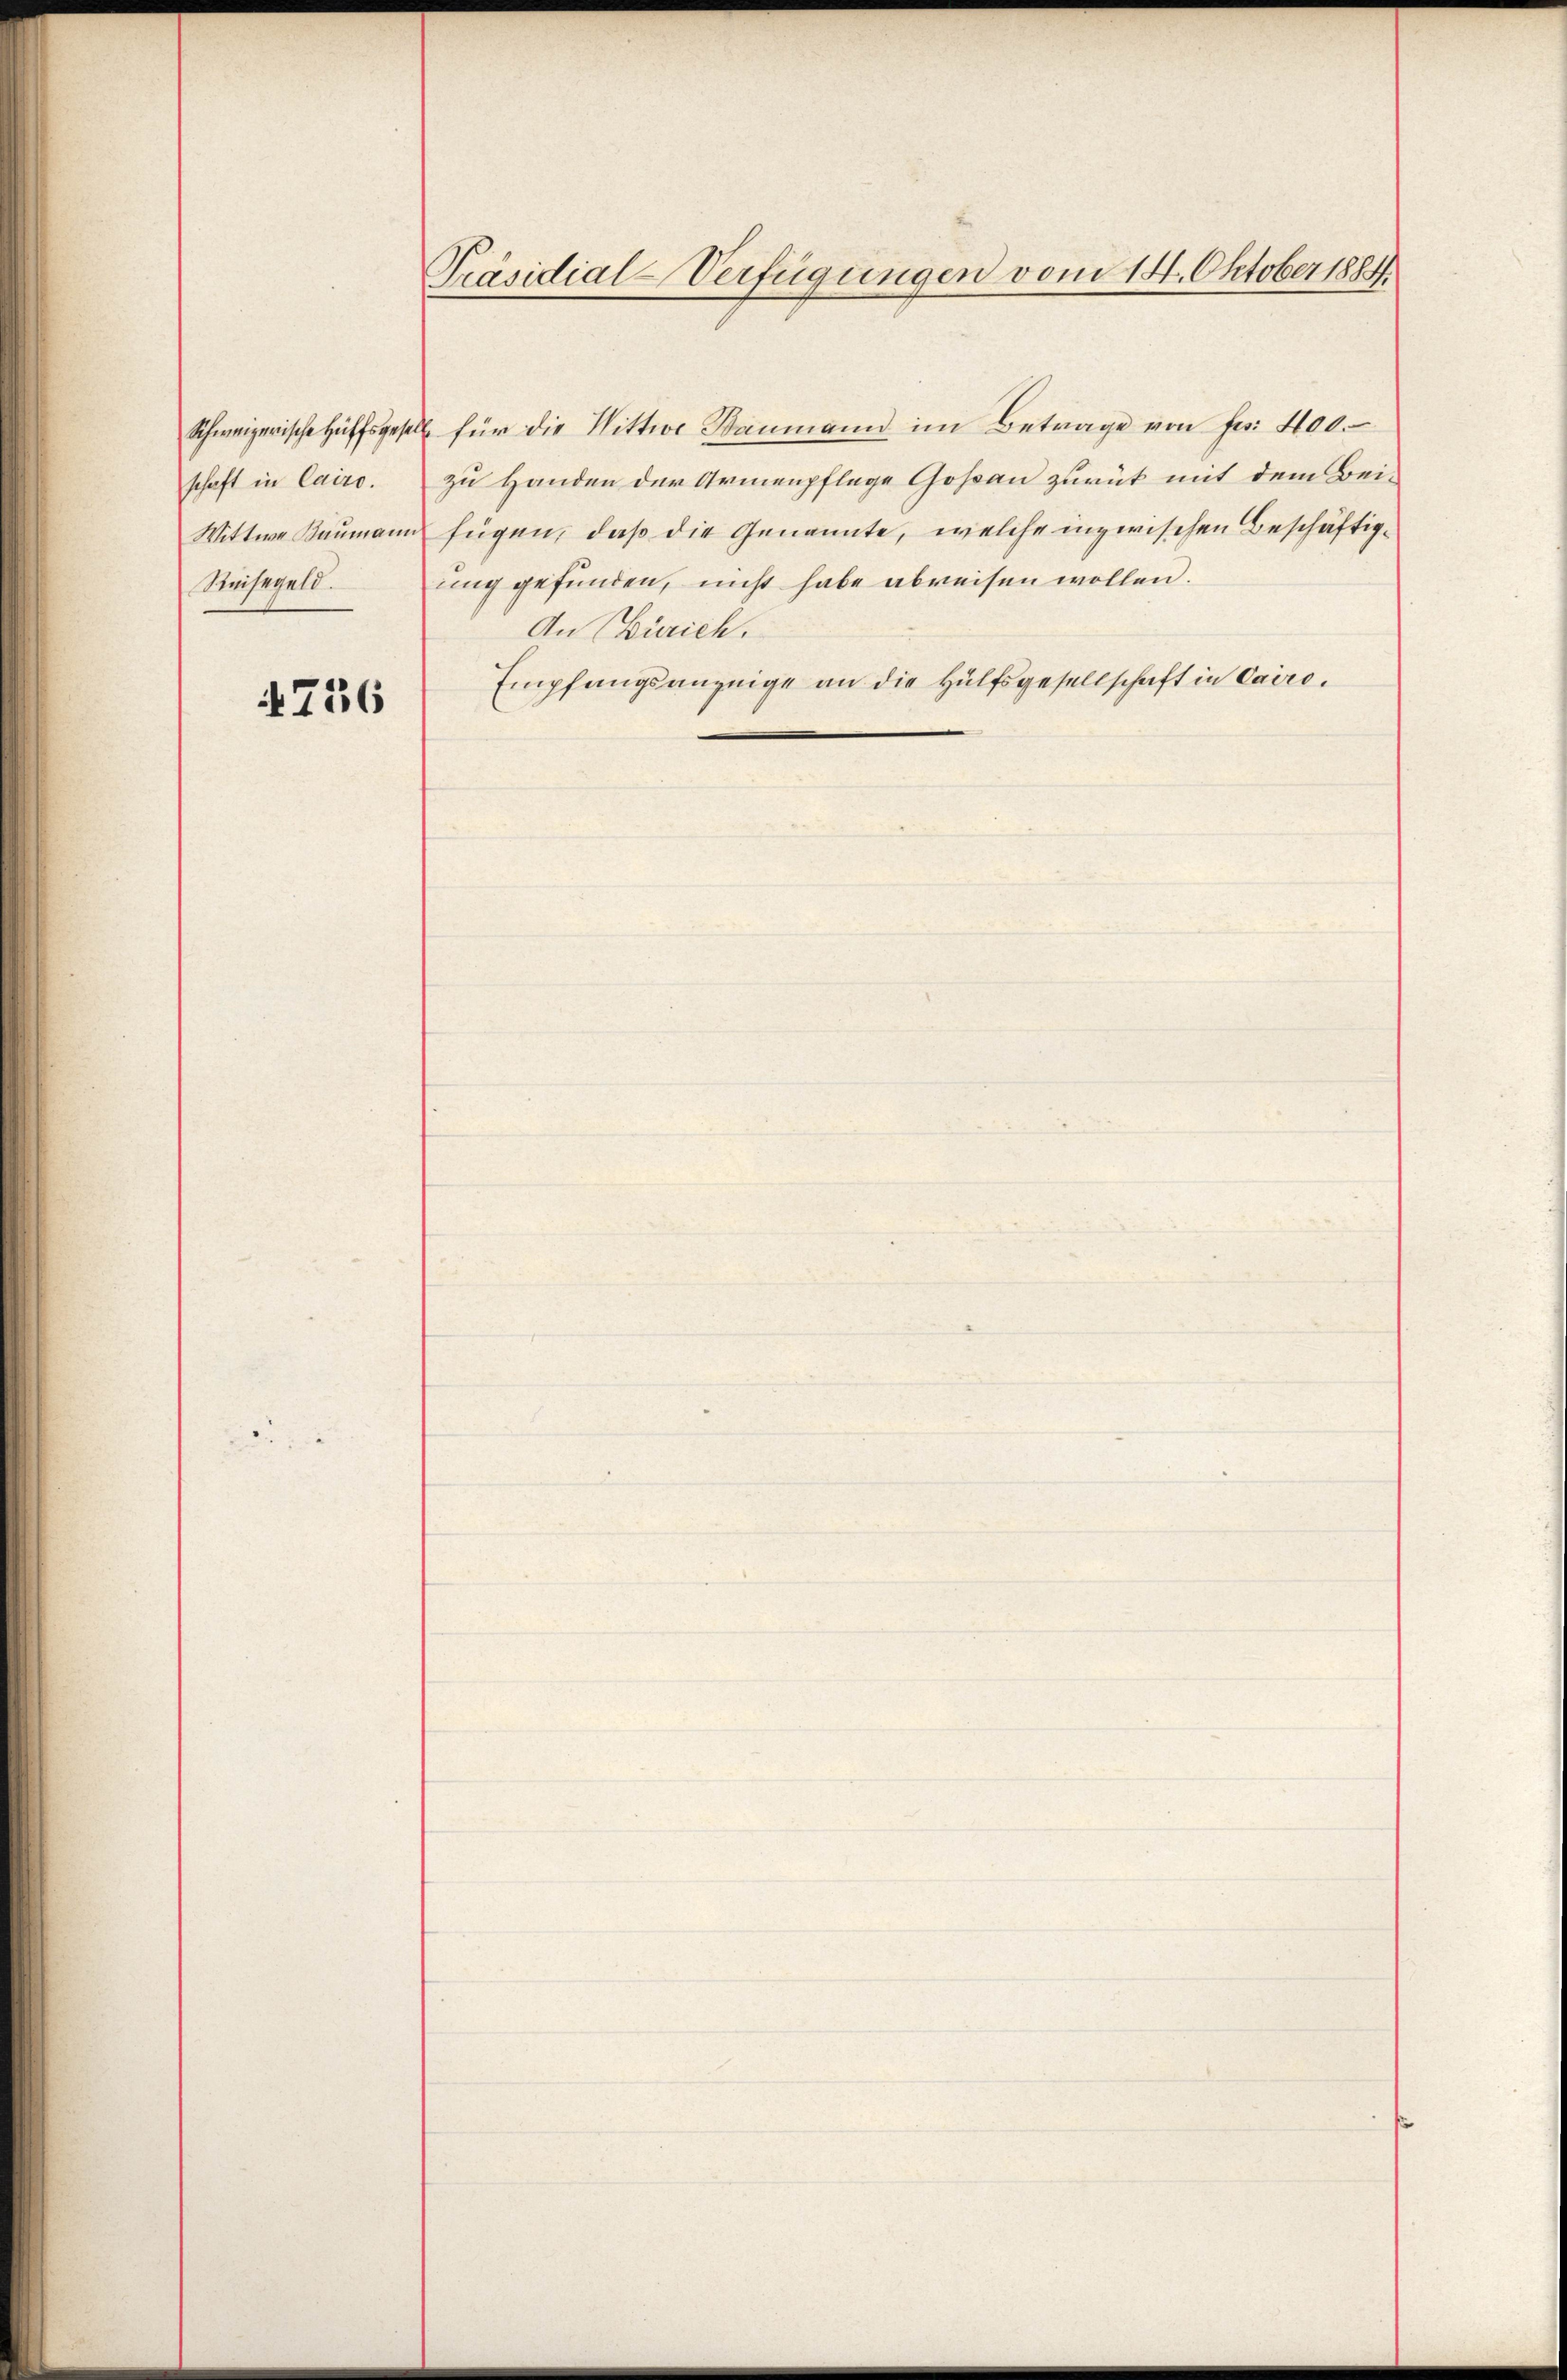
Schweizerische Hülfsgese
schaft in Cairo.
Wittwe Baumann
Reisegeld.

756

Präsidial-Verfügungen vom 14. Oktober 1884

für die Wittwe Baumann im Betrage von fr. 400.
zu Handen der Armenpflege Goßau zurük mit dem Beifügen, daß die Genannte, welche inzwischen Beschäftigung gefunden, nicht habe abreisen wollen.
An (Zürich.
Empfangsanzeige an die Hülfsgesellschaft in Cairo¬